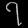
Digit: ၇